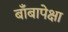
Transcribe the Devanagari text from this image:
बाँबापेक्षा